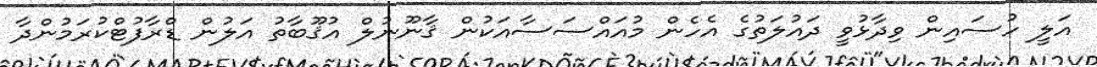
އަލީ ހުސައިން ވިދާޅުވީ ދައުލަތުގެ އެހެން މުއައްސަސާއަކުން ޤާނޫނުލް އުޤޫބާތު އަލުން ޑްރާފުޓްކުރަމުންދާ